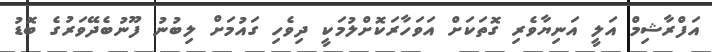
އަފްރާޝިމް އަލީ އަނިޔާވެރި ގޮތަކަށް އަވަހާރަކޮށްލުމަކީ ދިވެހި ގައުމަށް ލިބުނު ފޫނުބެދޭވަރުގެ ބޮޑު